Karksi_vallavalitsus, lk 121
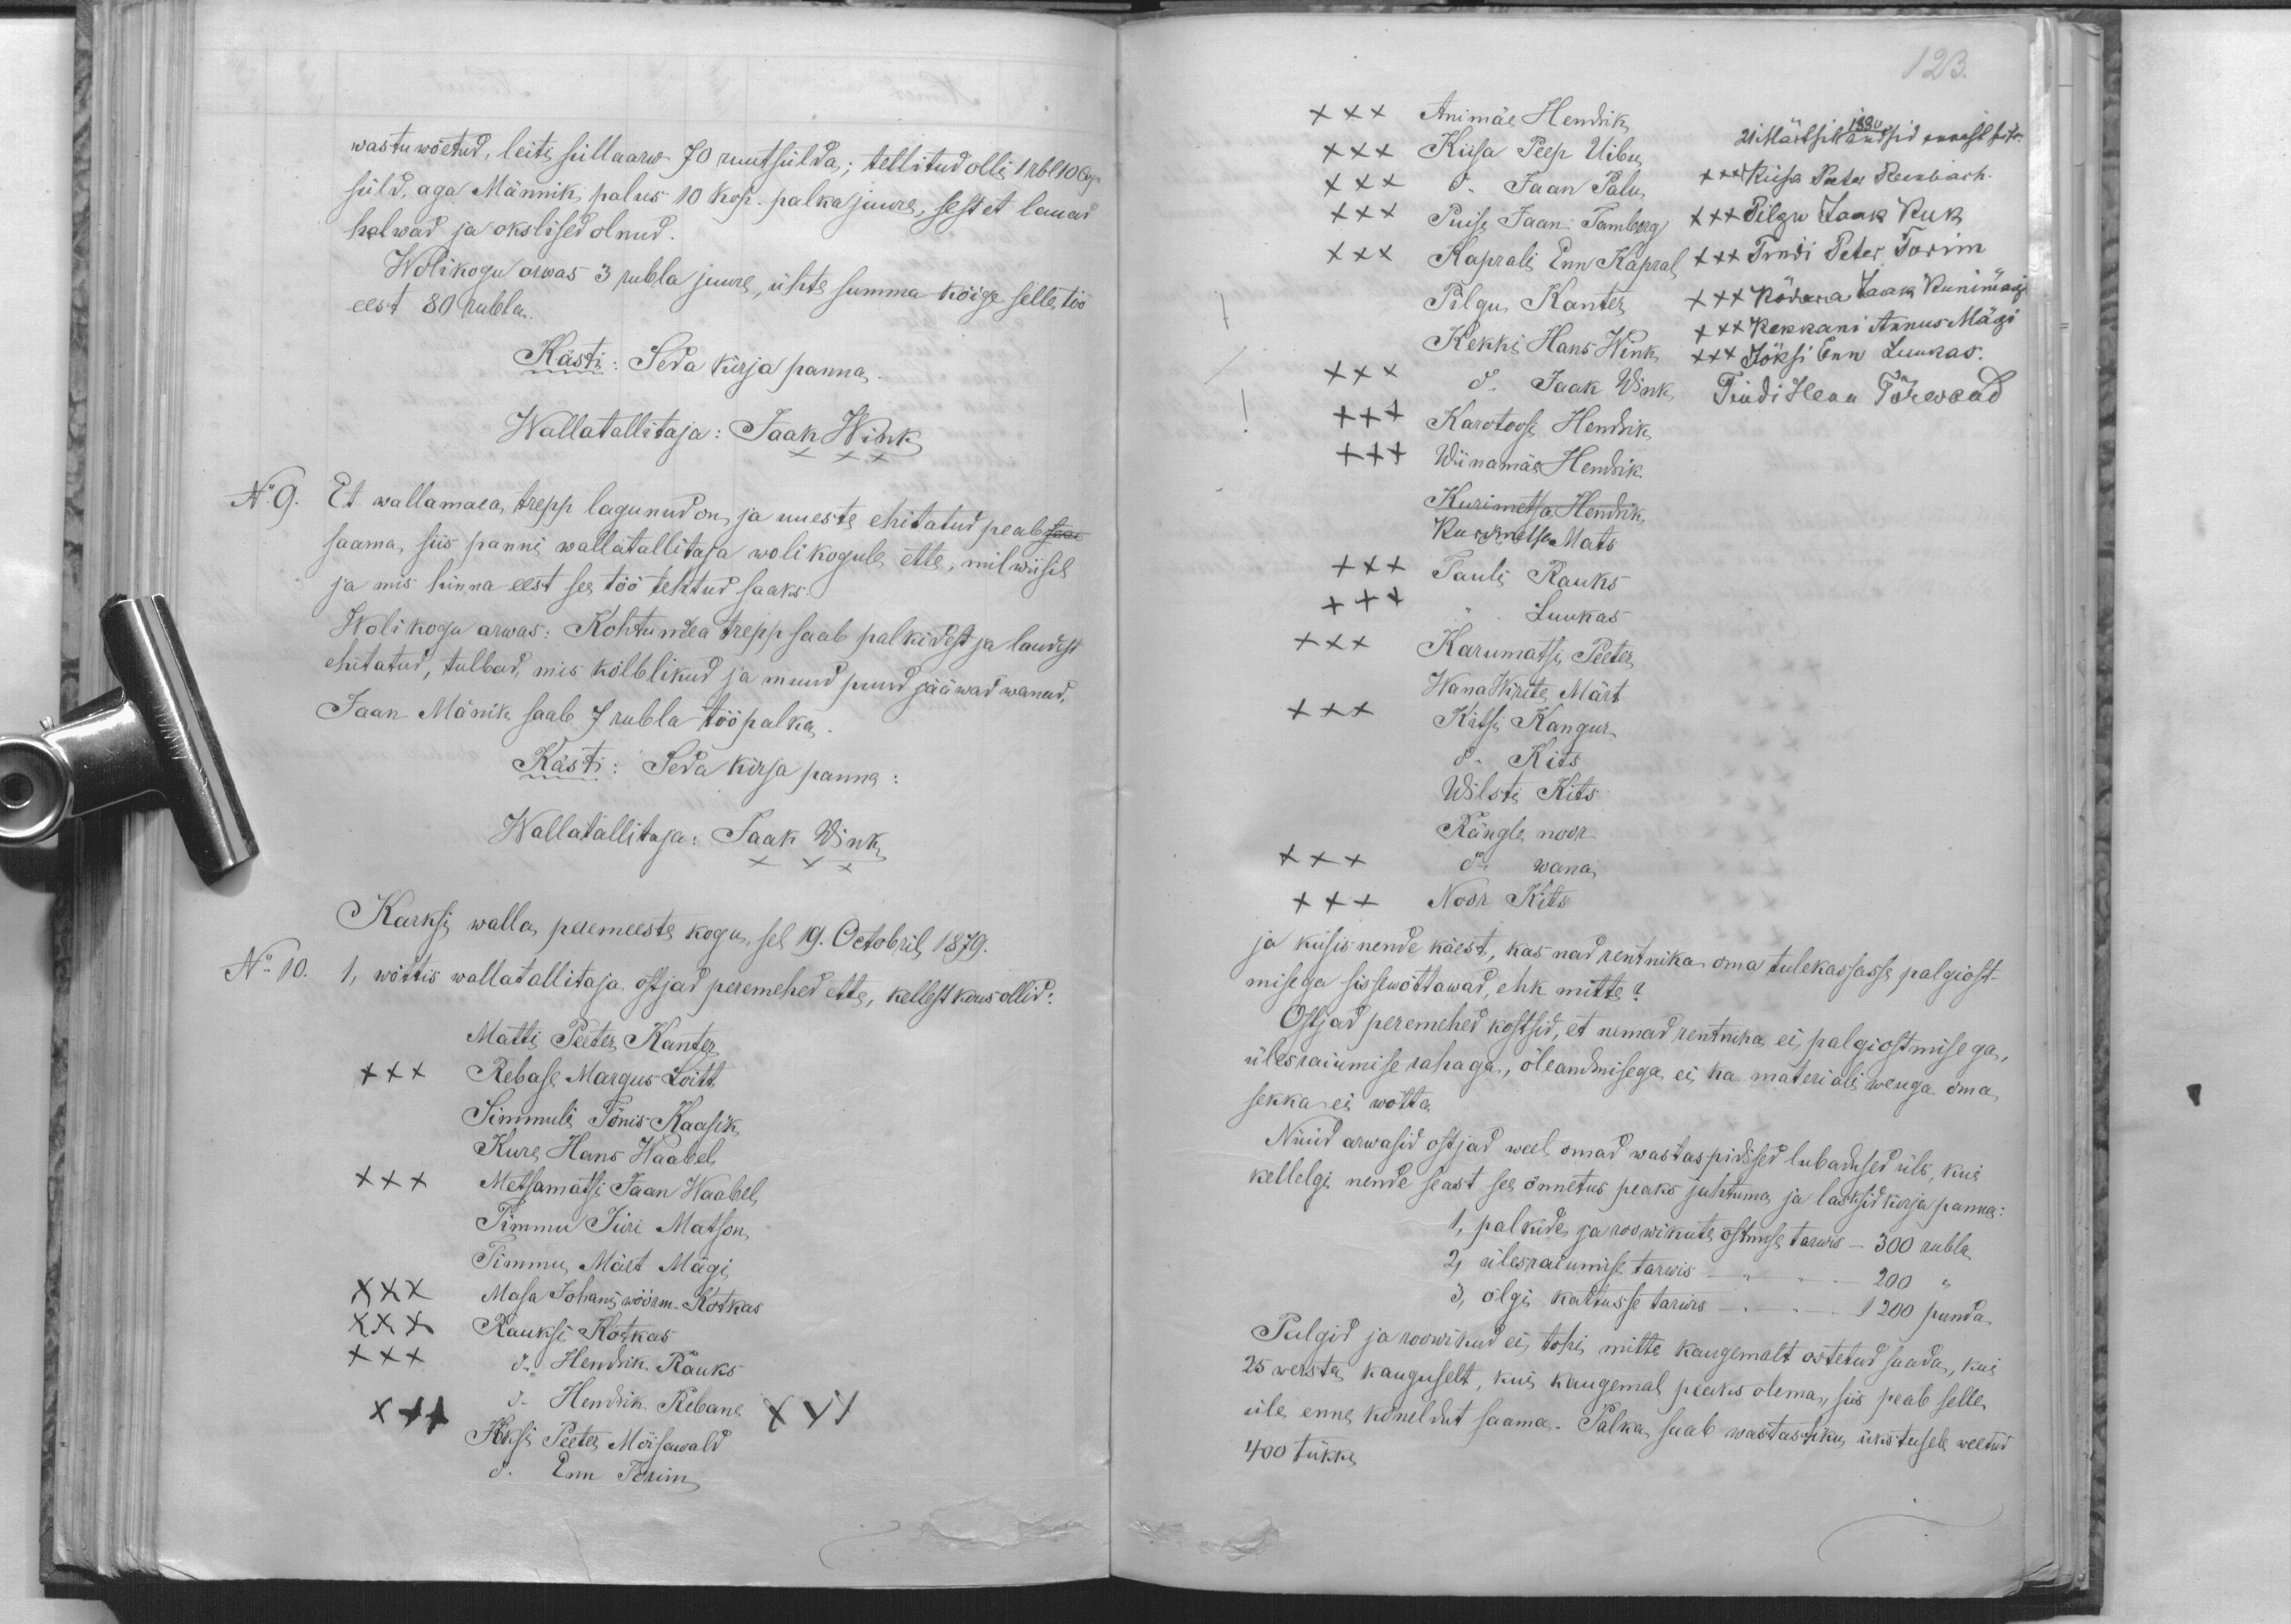
wastu wõetud, leiti süllaarw 70 ruutsülda; tellitud olli 1 rbl 10 Cop
süld, aga Männik, palus 10 kop. palka juure, sest et lauad
halwad ja okslised olnud.
Wolikogu arwas 3 rubla juure, ühte summa kõige selle töö
eest 80 rubla.
Kästi: Seda kirja panna.
Wallatallitaja: Jaan Wink
XXX
No 9. Et wallamaea, trepp lagunud on, ja uueste ehitatud peab saa
saama, siis panni wallatallitaja wolikogule ette, mil wiisil
ja mis hinna eest see töö tehtud saaks.
Wolikogu arwas: Kohtumaea trepp saab palkidest ja laudest
ehitatud, tulbad, mis kõlblikud ja muud puud jääwad wanad,
Jaan Mänik saab 7 rubla tööpalka
Kästi: Seda kirja panna:
Wallatallitaja: Jaak Wink
XXX
Karksi walla peremeeste kogu, sel 19. Octobril 1879.
No 10. 1, wõttis wallatallitaja ostjad peremehed ette, kellest kous ollid:
Matti Peeter Kanter.
XXX Rebase Margus Loitt
Simmuli Tõnis Kaasik
Kure Hans Waabel
XXX Metsamatsi Jaan Waabel,
Timmu Jüri Matson
Timmu Märt Mägi,
XXX Masa Johani wöörm. Kotkas
XXX Rauksi Kotkas
XXX do Hendrik Rauks
do Hendrik Rebane XXX
XXX Jõski Peeter Mõisawald
do Enn Torim

123.
XXX Animäe Hendrik
XXX Kiisa Peep Uibu
21 Märtsil 1880 andsid ennast sisse:
XXX do Jaan Palu
XXXKiisa Peeter Reenbach.
XXX Puise Jaan Tamberg
XXX Pilgu Jaak Kuk
XXX Kaprali Enn Kapral
XXX Tindi Peter Torim
Pilgu Kanter
XXX Kõdara Jaak Kunimägi
Kekki Hans Wink
XXX Kekkani Annus Mägi
XXX do Jaak Wink
XXX Jõksi Enn Luukas.
Tindi Henn Tõrwand
+++ Karotoosi Hendrik
+++ Wiinamäe Hendrik
Kurimetsa Hendrik
Kurimetsa Mats
XXX Tauli Rauks
+++ " Luukas
XXX Karumatsi Peeter
Wana Wirite Märt
XXX Kitsi Kangur
do Kits
Wilsti Kits
Rängle noor
XXX do wana
XXX Noor Kits
ja küsis nende käest, kas nad rentnika oma tulekassasse palgiost-
misega sissewõttawad, ehk mitte?
Ostjad peremehed kostsid, et nemad rentnika ei palgiostmisega,
ülesraiumise rahaga, õleandmisega ei ka materiali weuga oma
sekka ei wõtta.
Nüüd arwasid ostjad weel omad wastaspidised lubadused üle, kui
kellelgi nende seast see õnnetus peaks juhtuma ja lasksid kirja panna:
1, palkide ja roowikute ostmise tarwis - 300 rubla
2, ülesraiumise tarwis -"- 200
3, õlgi katusse tarwis -"- 1200 punda.
Palgid ja roowikud ei tohi mitte kaugemalt ostetud saada, kui
25 wersta kauguselt, kui kaugemal peaks olema, siis peab selle
üle enne kõneldud saama. Palka saab wastastiku üksteisele weetud
400 tükke